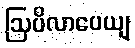
ဩပိလာပေယျ